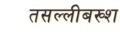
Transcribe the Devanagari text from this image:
तसल्लीबख्श